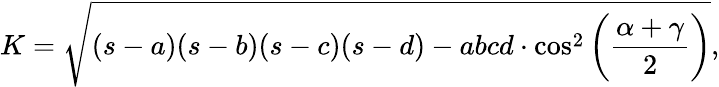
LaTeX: K={\sqrt{(s-a)(s-b)(s-c)(s-d)-abcd\cdot\cos^{2}\left({\frac{\alpha+\gamma}{2}}\right)}},